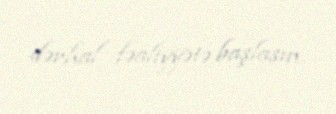
dərhal fəaliyyətə başlasın.